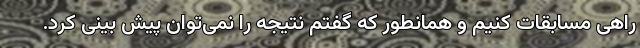
راهی مسابقات کنیم و همانطور که گفتم نتیجه‌ را نمی‌توان پیش بینی کرد.